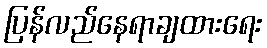
ပြန်လည်နေရာချထားရေး